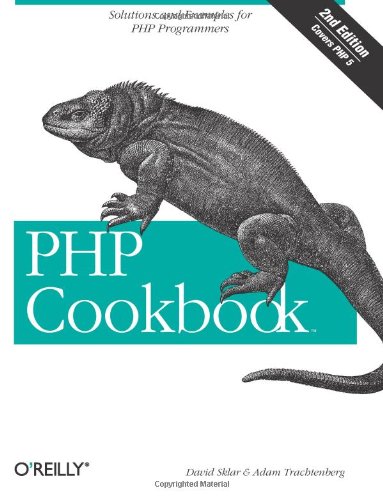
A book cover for PHP Cookbook: Solutions and Examples for PHP Programmers; Adam Trachtenberg; Computers & Technology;